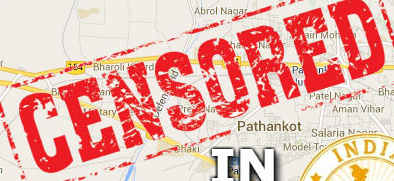
CENSORED